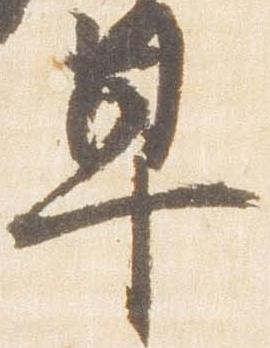
早